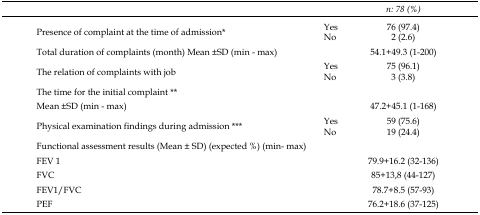
| <COLSPAN=2>  | n: 78 (%) |
 | --- | --- | --- |
 | <ROWSPAN=2> Presence of complaint at the time of admission* | Yes | 76 (97.4) |
 | No | 2 (2.6) |
 | Total duration of complaints (month) Mean ±SD (min - max) |  | 54.1+49.3 (1-200) |
 | <ROWSPAN=2> The relation of complaints with job | Yes | 75 (96.1) |
 | No | 3 (3.8) |
 | The time for the initial complaint ** |  |  |
 | Mean ±SD (min - max) |  | 47.2+45.1 (1-168) |
 | <ROWSPAN=2> Physical examination findings during admission *** | Yes | 59 (75.6) |
 | No | 19 (24.4) |
 | <COLSPAN=3> Functional assessment results (Mean ± SD) (expected %) (min- max) |
 | FEV 1 |  | 79.9+16.2 (32-136) |
 | FVC |  | 85+13,8 (44-127) |
 | FEV1/FVC |  | 78.7+8.5 (57-93) |
 | PEF |  | 76.2+18.6 (37-125) |